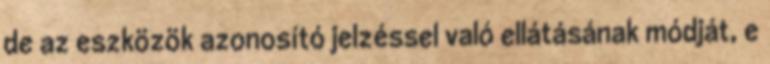
de az eszközök azonosító jelzéssel való ellátásának módját, e